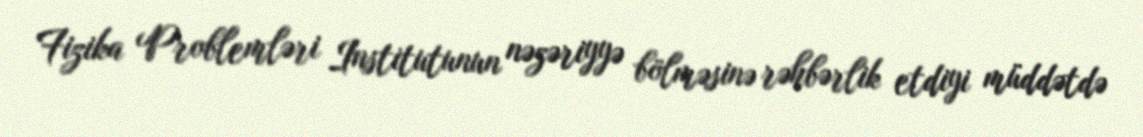
Fizika Problemləri Institutunun nəzəriyyə bölməsinə rəhbərlik etdiyi müddətdə